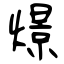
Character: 燝